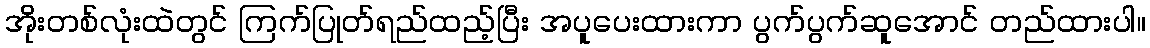
အိုးတစ်လုံးထဲတွင် ကြက်ပြုတ်ရည်ထည့်ပြီး အပူပေးထားကာ ပွက်ပွက်ဆူအောင် တည်ထားပါ။